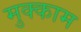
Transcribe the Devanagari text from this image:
मुक्‍काम